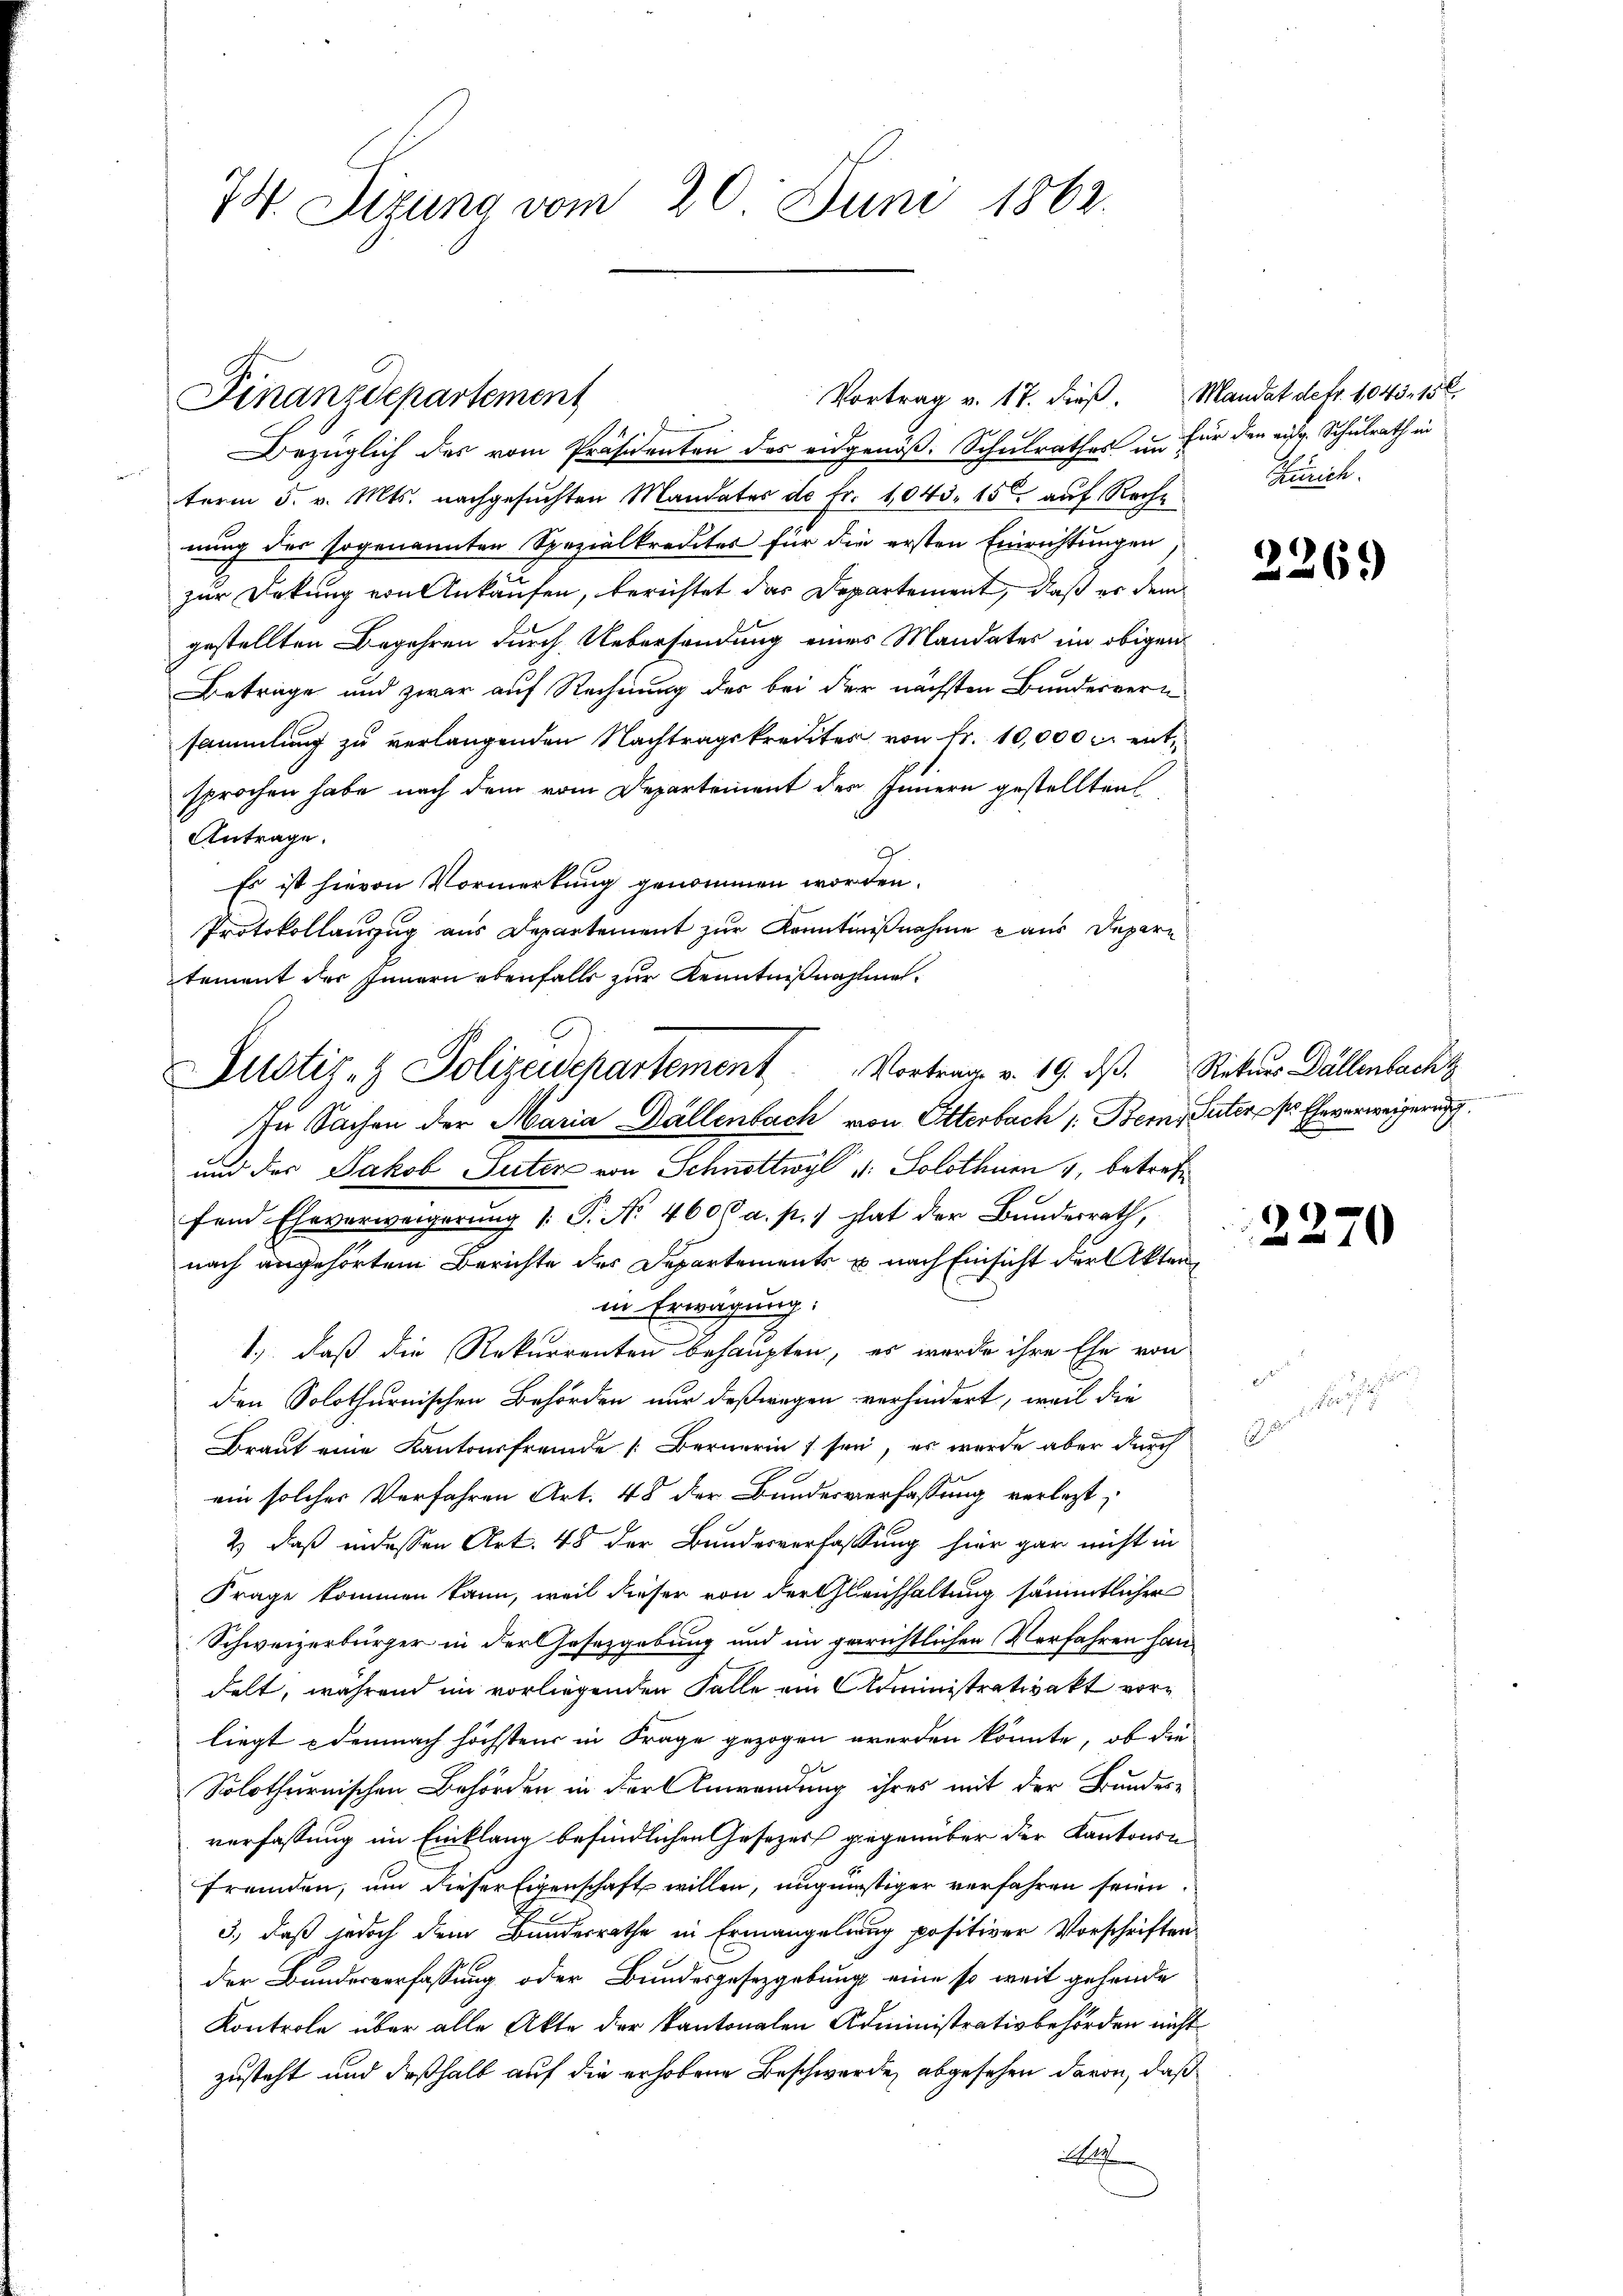
74. Dizung vom 20. Juni 1862.

Bezüglich des vom Präsidenten des eidgenöß. Schulrathes in für den eidg. Schulrath in
term 5. v. Mts. nachgesuchten Mandates de Fr. 1043. 15 auf Rechnung des sogenannten Spezialkredites für die ersten Einrichtungen,
zur Dekung von Ankaufen, berichtet das Departement, daß er dem
gestellten Begehren durch Uebersendung eines Mandates im obigen
Beträge und zwar auf Rechnung der bei der nächsten Bundervern
sammlung zu verlangenden Nachtragskredites von Fr. 10,000 f: entsprochen habe nach dem vom Departement der Innern gestellten
Antrage.
9
Es ist hievon Vormerkung genommen worden.
Protokollanzug aus Departement zur Kenntnißnahme aus Depari
tement des Innern ebenfalls zur Kenntnißnahme¬
In Sachen der Maria Dällenbach von Otterbach 1. Bern, Peter pr Eheverweigerung
und des Jakob Suter von Schnottwyl v: Solothurn 1, betreff
fend Eheverweigerung /: P. No 4606 a. p.) hat der Bundesrath,
nach angehörtem Berichte des Departements u. nach Einsicht der Akten
in Erwägung:
1.) daß die Rekurrenten behaupten, es wurde ihre Ehe von
den Solothurnischen Behörden nur deßwegen verhindert, weil die
Braut eine Kantonsfremde Bernerin sei, es wurde aber durch
ein solcher Verfahren Art. 48 der Bundesverfassung verlegt,
2) daß indessen Art. 48 der Bundesverfassung hier gar nicht in
Frage kommen kann, weil dieser von der Gleichhaltung sämmtlicher
Schweizerbürger in der Gesetzgebung und im gerichtlichen Verfahren handelt, während im vorliegenden Falle ein Administrativakt vorliegt demnach höchstens in Frage gezogen werden könnte, ob die
Solothurnischen Behörden in der Anwendung ihres mit der Bundes-
verfassung im Einklang befindlichen Gesezers gegenüber der Kantons
fremden, um dieser Eigenschaft willen, ungünstiger verfahren seien.
3., daß jedoch dem Bundesrathe in Ermangelung positiver Vorschriften
der Bundesverfassung oder Bundesgesetzgebung eine so weit gehende
Kontrole über alle Akte der kantonalen Administrativbehörden nicht
zusteht und deßhalb auf die erhobene Beschwerde, abgesehen davon, daß
7

Finanzdepartement

Vortrag v. 17. dieβ. Mandat defr. 1043. 152.

Justiz- & Polizeidepartement Vortrag v. 19. ds. Rekurs Dällenbacht

Hinrich.

2269

2270